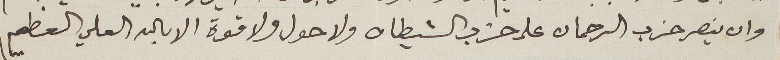
وان ينصر حزب الرحمان على حزب الشيطان ولا حول ولا قوة الا بالله العلي العظيم